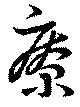
療